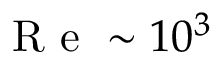
\mathrm { ~ R ~ e ~ } \sim 1 0 ^ { 3 }